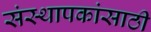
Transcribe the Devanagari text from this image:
संस्थापकांसाठी